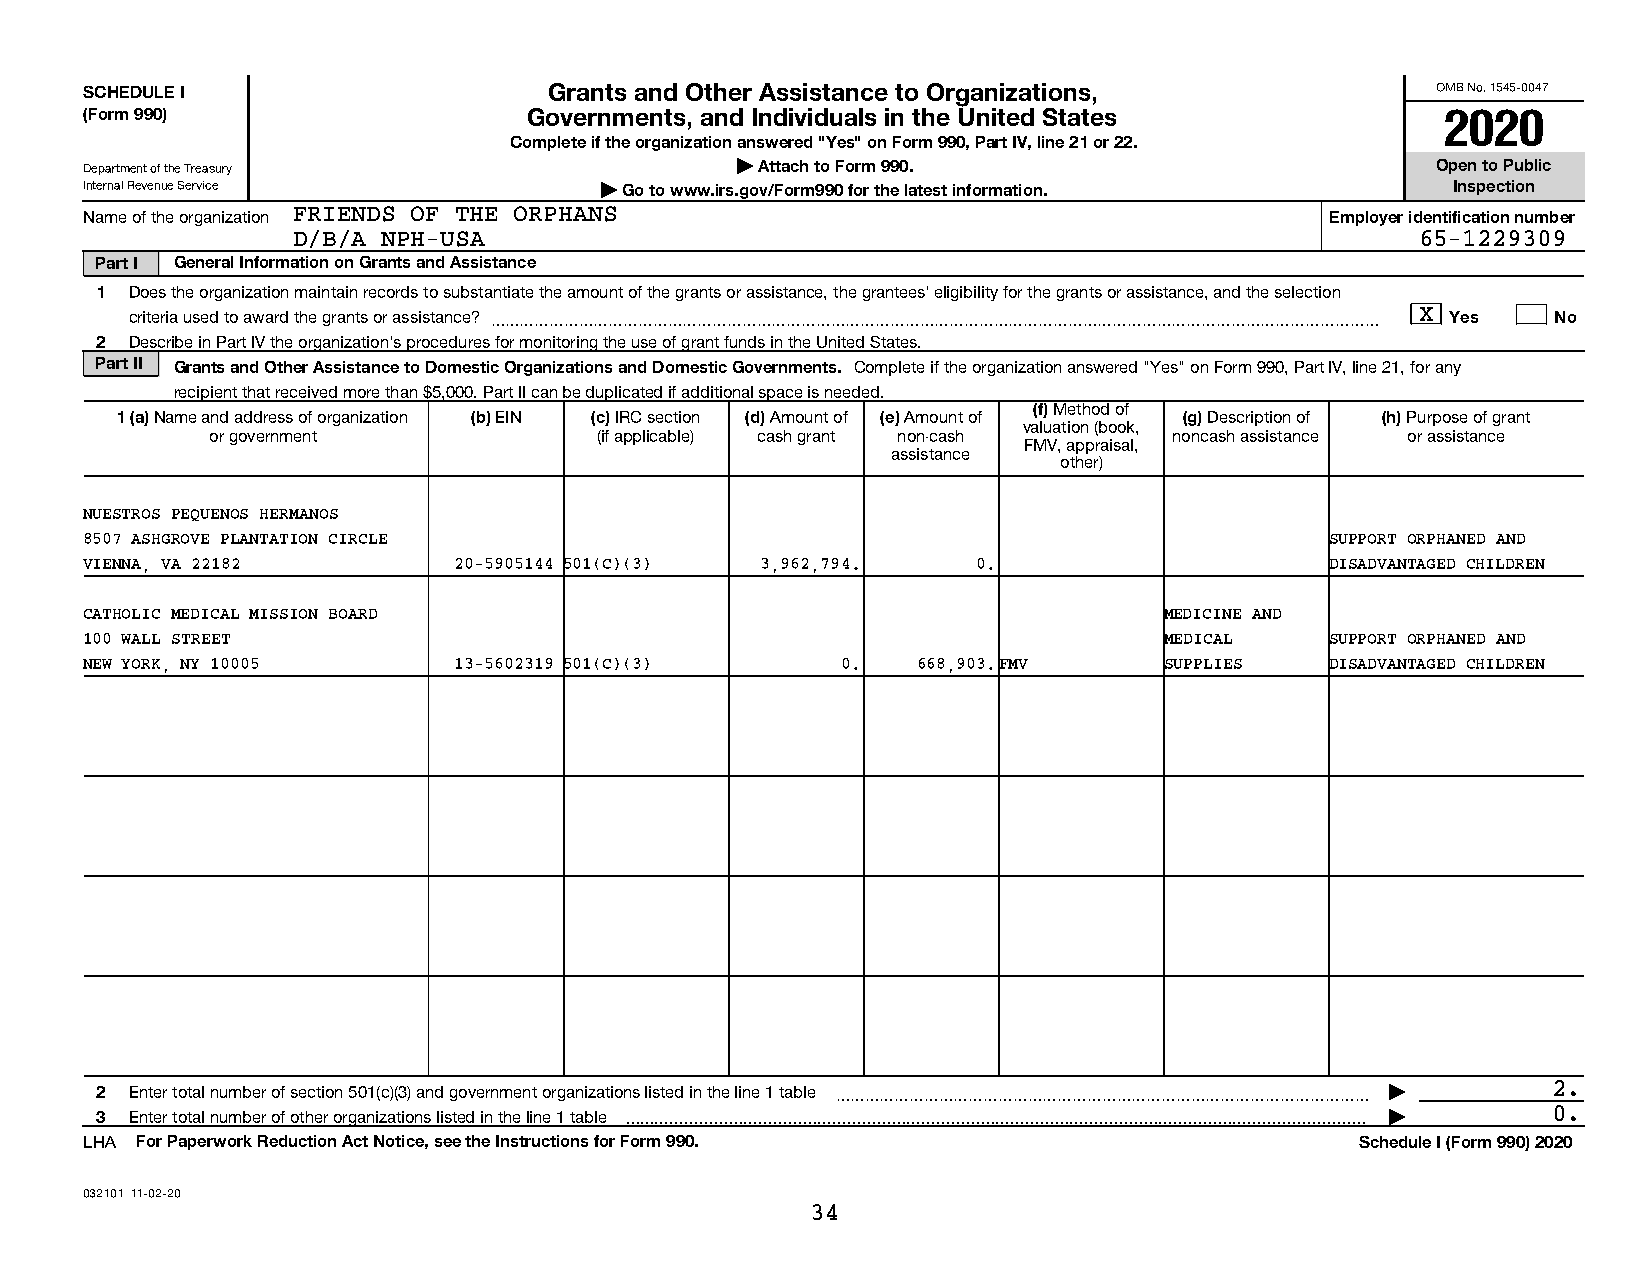
SCHEDULE I                    Grants and Other Assistance to Organizations,              OMB No. 1545-0047
 (Form 990)                   Governments, and Individuals in the United States            2020
 Complete if the organization answered "Yes" on Form 990, Part IV, line 21 or 22.
 Department of the Treasury                 | Attach to Form 990.                         Open to Public
 Internal Revenue Service          | Go to www.irs.gov/Form990 for the latest information. Inspection
 Name of the organization FRIENDS OF THE ORPHANS                                   Employer identification number
 D/B/A NPH-USA                                                              65-1229309
 Part I General Information on Grants and Assistance
 1  Does the organization maintain records to substantiate the amount of the grants or assistance, the grantees' eligibility for the grants or assistance, and the selection
 criteria used to award the grants or assistance? ~~~~~~~~~~~~~~~~~~~~~~~~~~~~~~~~~~~~~~~~~~~~~~~~~~~~~~~~~~~~ X Yes No
 2  Describe in Part IV the organization's procedures for monitoring the use of grant funds in the United States.
 Part II Grants and Other Assistance to Domestic Organizations and Domestic Governments. Complete if the organization answered "Yes" on Form 990, Part IV, line 21, for any
 recipient that received more than $5,000. Part II can be duplicated if additional space is needed.
 (f) Method of
 1 (a) Name and address of organization (b) EIN (c) IRC section (d) Amount of (e) Amount of (g) Description of (h) Purpose of grant
 valuation (book,
 or government             (if applicable) cash grant non-cash   noncash assistance or assistance
 FMV, appraisal,
 assistance
 other)
 NUESTROS PEQUENOS HERMANOS
 8507 ASHGROVE PLANTATION CIRCLE                                                   SUPPORT ORPHANED AND
 VIENNA, VA 22182        20-5905144 501(C)(3) 3,962,794.    0.                     DISADVANTAGED CHILDREN
 CATHOLIC MEDICAL MISSION BOARD                                         MEDICINE AND
 100 WALL STREET                                                        MEDICAL    SUPPORT ORPHANED AND
 NEW YORK, NY 10005      13-5602319 501(C)(3)      0.   668,903.FMV     SUPPLIES   DISADVANTAGED CHILDREN
 2  Enter total number of section 501(c)(3) and government organizations listed in the line 1 table ~~~~~~~~~~~~~~~~~~~~~~~~~~~~~~~~~~~~ | 2.
 3  Enter total number of other organizations listed in the line 1 table  | 0.
 LHA For Paperwork Reduction Act Notice, see the Instructions for Form 990.          Schedule I (Form 990) 2020
 032101 11-02-20
 34